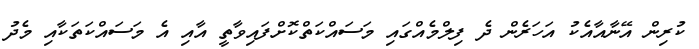
ކުރިން އޭނާއާއެކު އަހަރެން ދެ ފިލްމެއްގައި މަސައްކަތްކޮށްފައިވާތީ އާއި އެ މަސައްކަތަކާއި މެދު